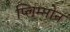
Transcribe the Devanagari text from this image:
प्लिम्प्तोन